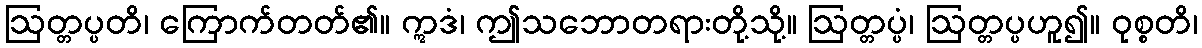
ဩတ္တပ္ပတိ၊ ကြောက်တတ်၏။ ဣဒံ၊ ဤသဘောတရားတို့သို့။ ဩတ္တပ္ပံ၊ ဩတ္တပ္ပဟူ၍။ ဝုစ္စတိ၊